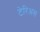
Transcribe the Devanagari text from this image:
टेरिअस